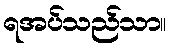
ရအပ်သည်သာ။